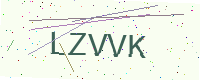
Text: LZVVK